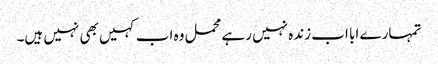
تمہارے ابا اب زندہ نہیں رہے محمل وہ اب کہیں بھی نہیں ہیں۔